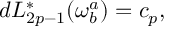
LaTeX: d L _ { 2 p - 1 } ^ { * } ( \omega _ { b } ^ { a } ) = c _ { p } ,